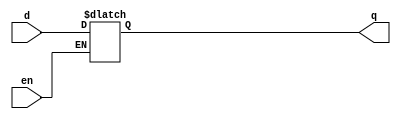
module dlatch(input en,d, output reg q);

always@(en or d)begin

if(en)
q<=d;
else 
q<=q;
end 
endmodule


module dlatch_tb;

reg en,d;
wire q;

dlatch dl(en,d,q);

initial 
begin 

en=0; d=0; #20

en=0; d=1; #20
en=1; d=0; #20

en=1; d=1;

end
endmodule